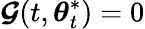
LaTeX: \boldsymbol{\mathcal{G}}(t,{\boldsymbol{\theta}}_{t}^{*})=0